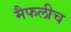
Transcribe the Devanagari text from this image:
मैफलीच